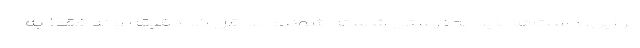
بر این، دست‌ها باید به‌درستی شسته شوند: حداقل ۱.۵ دقیقه و نه فقط به